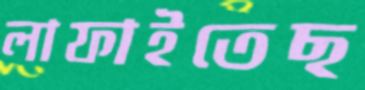
লাফাইতেছ